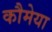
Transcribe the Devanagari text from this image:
कौमेया